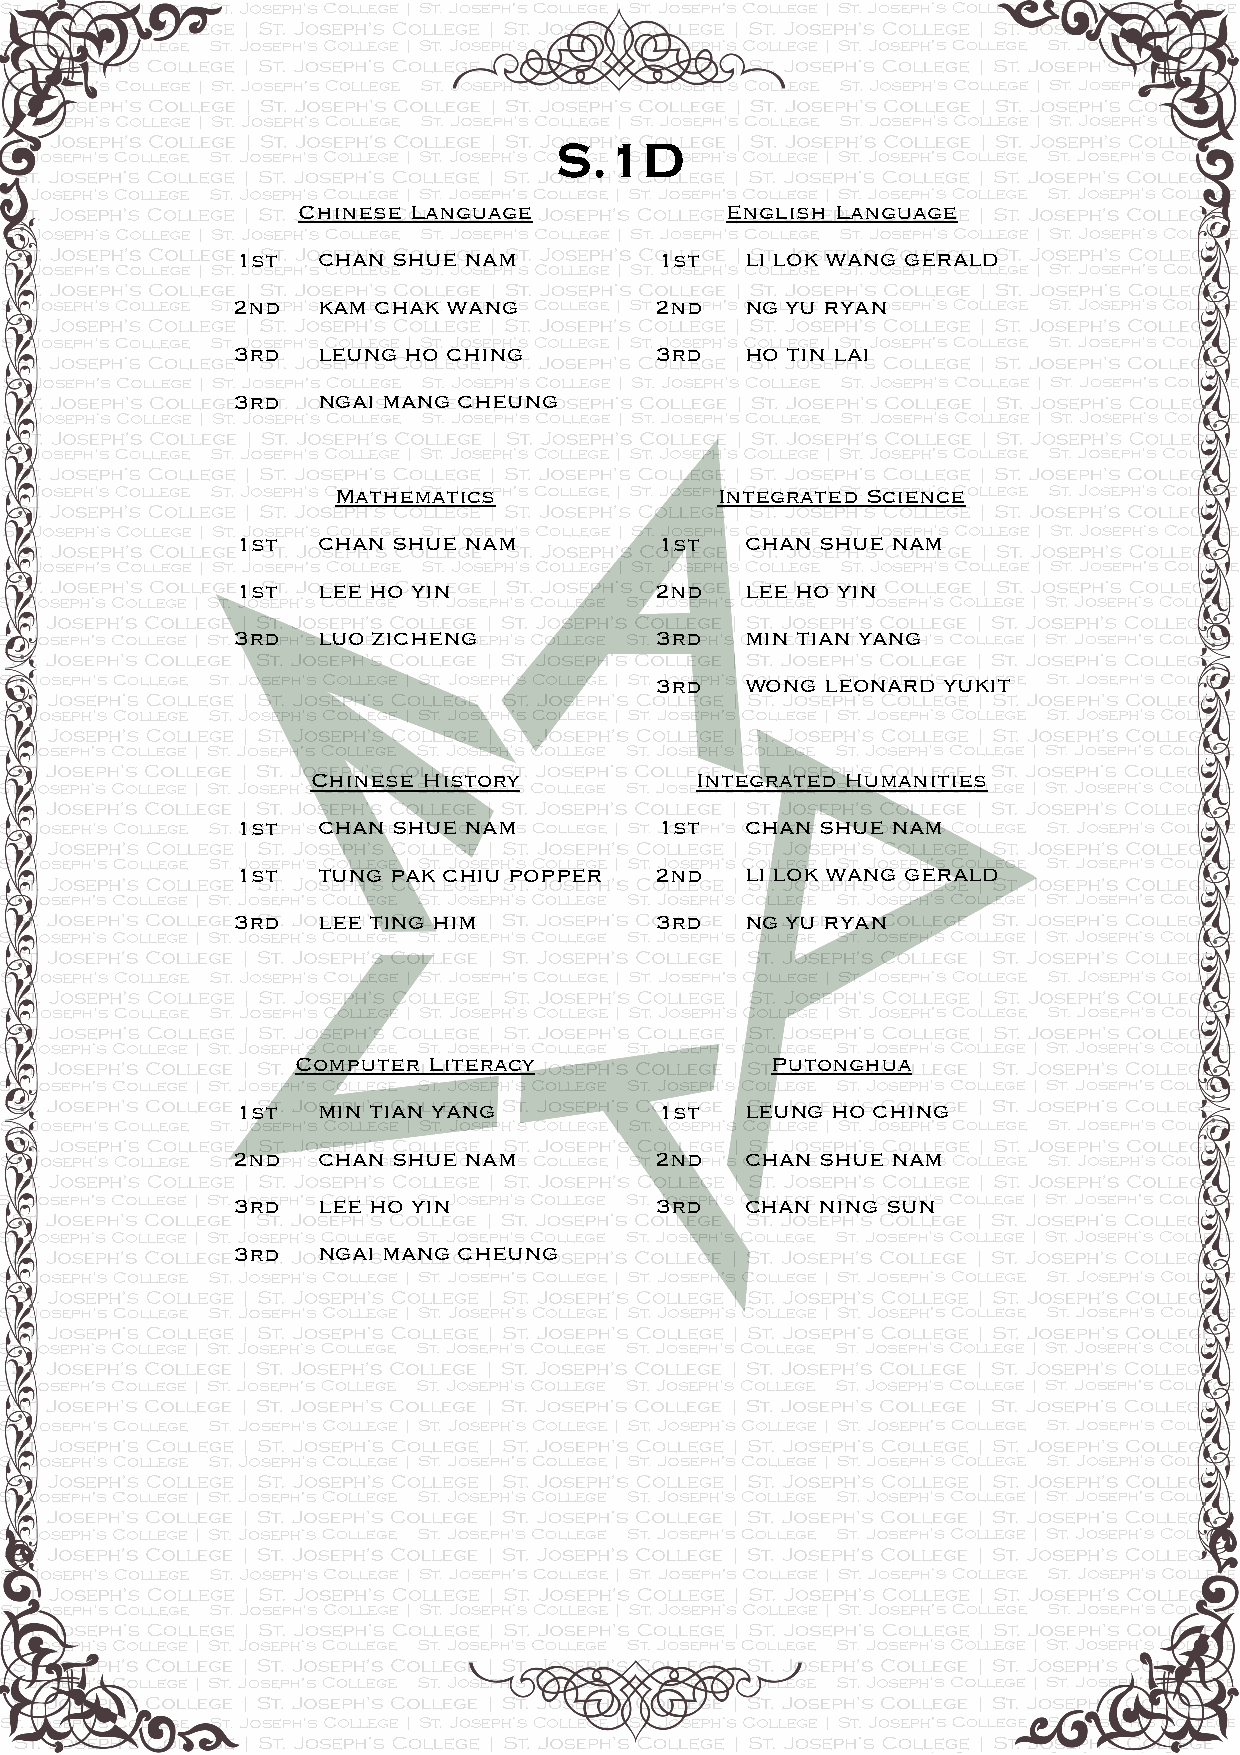
S.1D
 Chinese Language            English Language
 1st  CHAN SHUE NAM          1st  LI LOK WANG GERALD
 2nd   KAM CHAK WANG         2nd   NG YU RYAN
 3rd   LEUNG HO CHING        3rd   HO TIN LAI
 3rd   NGAI MANG CHEUNG
 Mathematics              Integrated Science
 1st  CHAN SHUE NAM          1st  CHAN SHUE NAM
 1st  LEE HO YIN            2nd   LEE HO YIN
 3rd   LUO ZICHENG           3rd   MIN TIAN YANG
 3rd   WONG  LEONARD YUKIT
 Chinese History          Integrated Humanities
 1st  CHAN SHUE NAM          1st  CHAN SHUE NAM
 1st  TUNG PAK CHIU POPPER  2nd   LI LOK WANG GERALD
 3rd   LEE TING HIM          3rd   NG YU RYAN
 Computer Literacy              Putonghua
 1st  MIN TIAN YANG          1st  LEUNG HO CHING
 2nd   CHAN SHUE NAM         2nd   CHAN SHUE NAM
 3rd   LEE HO YIN            3rd   CHAN NING SUN
 3rd   NGAI MANG CHEUNG